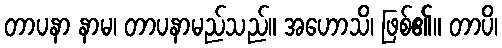
တာပနာ နာမ၊ တာပနာမည်သည်။ အဟောသိ၊ ဖြစ်၏။ တာပိ၊